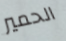
الحمير